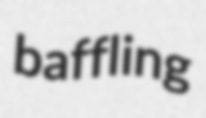
baffling